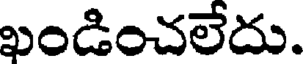
ఖండించలేదు.